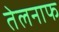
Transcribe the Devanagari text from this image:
तेलनाफ